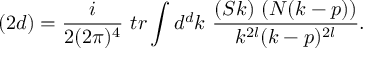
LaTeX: ( 2 d ) = \frac { i } { 2 ( 2 \pi ) ^ { 4 } } \ t r \int d ^ { d } k \ \frac { ( S k ) \ ( N ( k - p ) ) } { k ^ { 2 l } ( k - p ) ^ { 2 l } } .